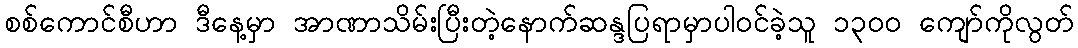
စစ်ကောင်စီဟာ ဒီနေ့မှာ အာဏာသိမ်းပြီးတဲ့နောက်ဆန္ဒပြရာမှာပါဝင်ခဲ့သူ ၁၃ဝဝ ကျော်ကိုလွတ်